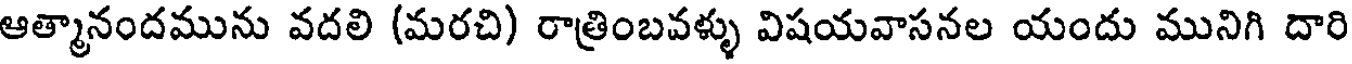
ఆత్మానందమును వదలి (మరచి) రాత్రింబవళ్ళు విషయవాసనల యందు మునిగి దారి